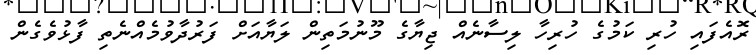
ރޮއެފައި ހުރި ކަމުގެ ހުރިހާ ލިސާނެއް ޖިޔާގެ މޫނުމަތިން ލަޔާއަށް ފަރުދާވުމެއްނެތި ފާޅުވެގެން